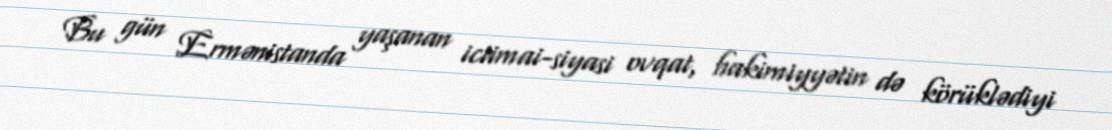
Bu gün Ermənistanda yaşanan ictimai-siyasi ovqat, hakimiyyətin də körüklədiyi